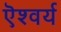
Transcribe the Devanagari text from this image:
ऎश्वर्य